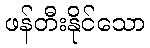
ဖန်တီးနိုင်သော